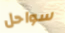
سواحل